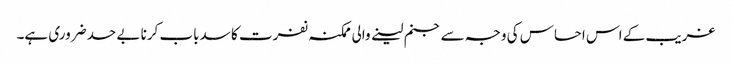
غریب کے اس احساس کی وجہ سے جنم لینے والی ممکنہ نفرت کا سدباب کرنا بے حد ضروری ہے۔